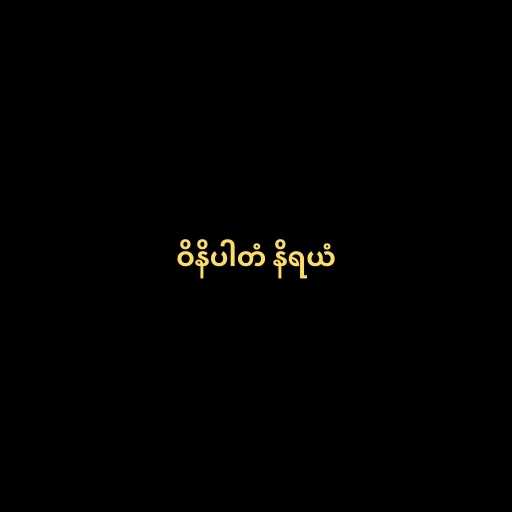
ဝိနိပါတံ နိရယံ